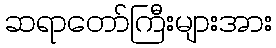
ဆရာတော်ကြီးများအား